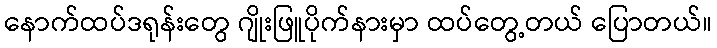
နောက်ထပ်ဒရုန်းတွေ ဂျိုးဖြူပိုက်နားမှာ ထပ်တွေ့တယ် ပြောတယ်။